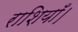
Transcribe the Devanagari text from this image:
राशियाँ।